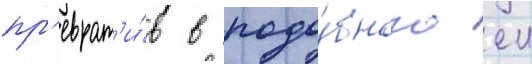
пр'еврат'и́в в подо́бного еи